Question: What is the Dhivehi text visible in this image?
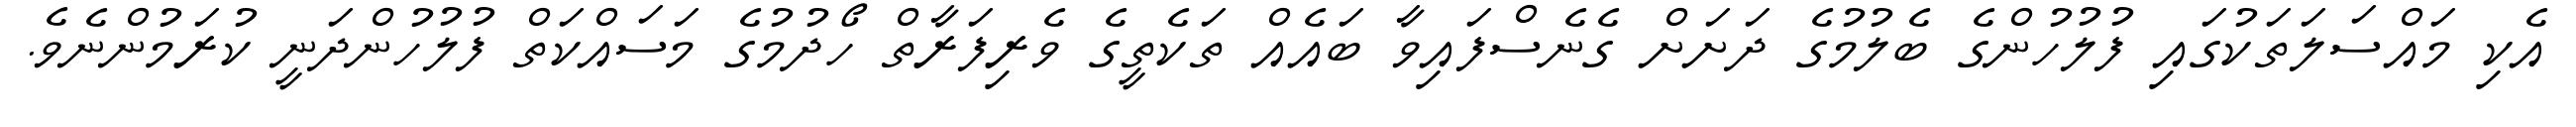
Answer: އެކި މައްސަލަތަކުގައި ފުލުހުންގެ ބެލުމުގެ ދަށަށް ގެނެސްފައިވާ ބައެއް ތަކެތީގެ ވެރިފަރާތް ހޯދުމުގެ މަސައްކަތް ފުލުހުންދަނީ ކުރަމުންނެވެ.